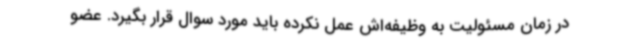
در زمان مسئولیت به وظیفه‌اش عمل نکرده باید مورد سوال قرار بگیرد. عضو